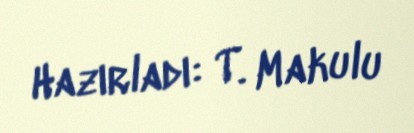
Hazırladı: T. Makulu